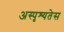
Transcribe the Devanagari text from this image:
अस्पृश्यतेस